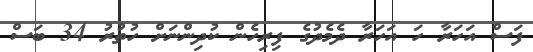
ފަސް އަހަރާ ހަ އަހަރާ ދެމެދުގެ ފިރިހެން ކުދިންނަށް ހުތުރު 34 ބަސް